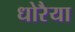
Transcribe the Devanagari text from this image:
धोरैया